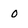
Character: 0